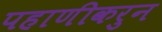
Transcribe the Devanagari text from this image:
पहाणीकरुन